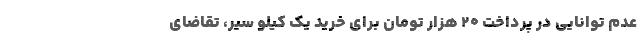
عدم توانایی در پرداختِ ۲۰ هزار تومان برای خرید یک کیلو سیر، تقاضای